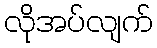
လိုအပ်လျက်